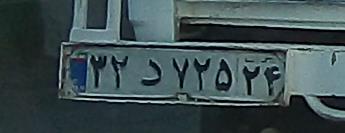
۳۲د۷۲۵۳۴